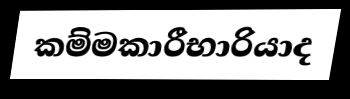
කම්මකාරීභාරියාද